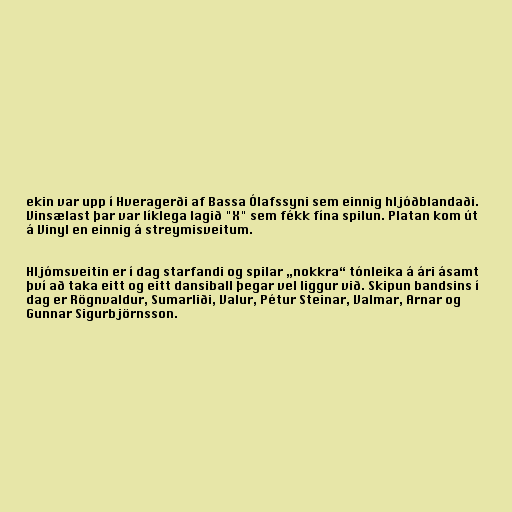
ekin var upp í Hveragerði af Bassa Ólafssyni sem einnig hljóðblandaði.
Vinsælast þar var líklega lagið "X" sem fékk fína spilun. Platan kom út
á Vinyl en einnig á streymisveitum.

Hljómsveitin er í dag starfandi og spilar „nokkra“ tónleika á ári ásamt
því að taka eitt og eitt dansiball þegar vel liggur við. Skipun bandsins í
dag er Rögnvaldur, Sumarliði, Valur, Pétur Steinar, Valmar, Arnar og
Gunnar Sigurbjörnsson.